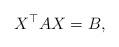
LaTeX: \begin{align*} X^\top AX=B,\end{align*}